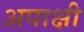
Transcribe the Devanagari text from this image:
अपाक्षी